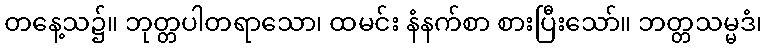
တနေ့သ၌။ ဘုတ္တပါတရာသော၊ ထမင်း နံနက်စာ စားပြီးသော်။ ဘတ္တသမ္မဒံ၊